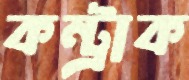
কন্ট্রাক